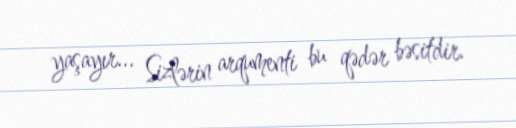
yaşayır... Sizlərin arqumenti bu qədər bəsitdir.